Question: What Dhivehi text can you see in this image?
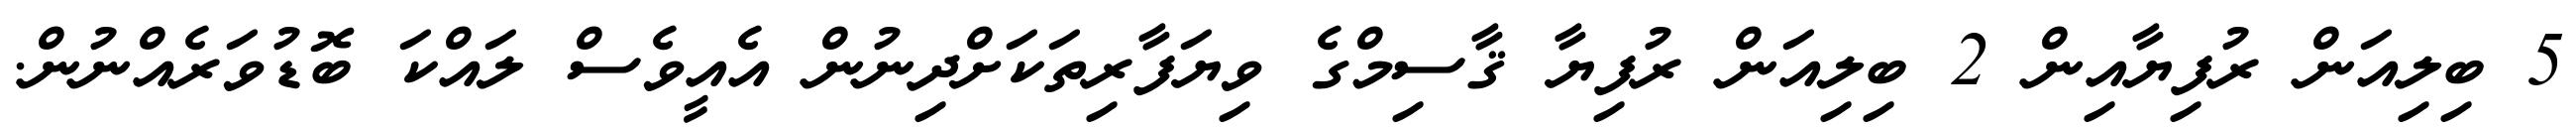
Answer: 5 ބިލިއަން ރުފިޔާއިން 2 ބިލިއަން ރުފިޔާ ޤާސިމްގެ ވިޔަފާރިތަކަށްދިނުން އެއީވެސް ލައްކަ ބޮޑުވަރެއްނުން.